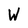
Character: W